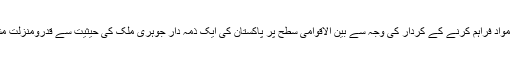
خان کی طرف سے مبینہ طور پر ایران، لیبیا اور شمالی کوریا کو جوہری مواد فراہم کرنے کے کردار کی وجہ سے بین الاقوامی سطح پر پاکستان کی ایک ذمہ دار جوہری ملک کی حیثیت سے قدرومنزلت مشکوک ہو گئی تھی اور پاکستان کو اس کا خمیازہ آج بھی اُٹھانا پڑ رہا ہے۔